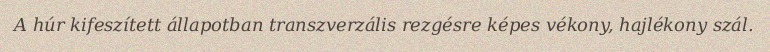
A húr kifeszített állapotban transzverzális rezgésre képes vékony, hajlékony szál.